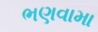
ભણવામા